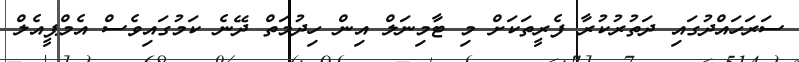
ސަރަހައްދުގައި ދަތުރުކުރާ ފެރީތަކަށް މި ޓާމިނަލް އިން ހިދުމަތް ދޭނެ ކަމުގައިވެސް އެމްޕީއެލް